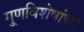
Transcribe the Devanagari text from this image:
गु्णविशेषांची